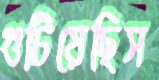
গুটিয়েছিস